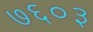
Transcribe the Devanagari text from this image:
७६०३